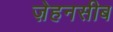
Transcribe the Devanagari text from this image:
ज़ेहनसीब